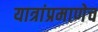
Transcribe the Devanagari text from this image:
यात्रांप्रमाणेच